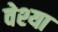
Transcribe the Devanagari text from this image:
वेश्‍या